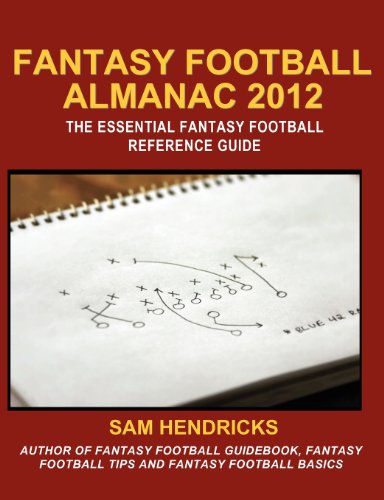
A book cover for Fantasy Football Almanac 2012: The Essential Fantasy Football Reference Guide; Sam Hendricks; Humor & Entertainment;